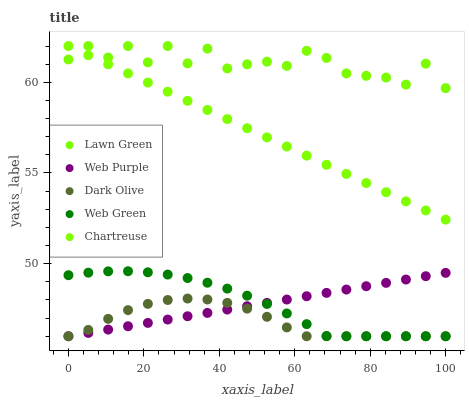
| xaxis_label | Lawn Green | Web Purple | Dark Olive | Web Green | Chartreuse |
 | --- | --- | --- | --- | --- | --- |
 | 0 | 61.3 | 46 | 46 | 49.4 | 62 |
 | 5.26 | 62 | 46.2 | 46.3 | 49.5 | 61.5 |
 | 10.5 | 61.4 | 46.4 | 47 | 49.6 | 61 |
 | 15.8 | 62 | 46.6 | 47.4 | 49.6 | 60.5 |
 | 21.1 | 61.1 | 46.7 | 47.8 | 49.5 | 60 |
 | 26.3 | 62 | 46.9 | 48 | 49.4 | 59.5 |
 | 31.6 | 61 | 47.1 | 48.1 | 49.2 | 59 |
 | 36.8 | 61.9 | 47.3 | 48 | 49 | 58.5 |
 | 42.1 | 60.8 | 47.5 | 47.8 | 48.6 | 58 |
 | 47.4 | 61 | 47.7 | 47.5 | 48.2 | 57.5 |
 | 52.6 | 61.1 | 47.8 | 47.1 | 47.8 | 57 |
 | 57.9 | 60.9 | 48 | 46.5 | 47.3 | 56.5 |
 | 63.2 | 61.7 | 48.2 | 46 | 46.7 | 56 |
 | 68.4 | 61.3 | 48.4 | 46 | 46 | 55.5 |
 | 73.7 | 60.5 | 48.6 | 46 | 46 | 54.9 |
 | 78.9 | 60.4 | 48.8 | 46 | 46 | 54.4 |
 | 84.2 | 60.3 | 48.9 | 46 | 46 | 53.9 |
 | 89.5 | 59.9 | 49.1 | 46 | 46 | 53.4 |
 | 94.7 | 61 | 49.3 | 46 | 46 | 52.9 |
 | 100 | 59.7 | 49.5 | 46 | 46 | 52.4 |